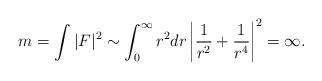
LaTeX: \begin{align*}m=\int |F|^2 \sim \int_0^{\infty} r^2dr\left| \frac{1}{r^2}+\frac{1}{r^4} \right|^2=\infty.\end{align*}